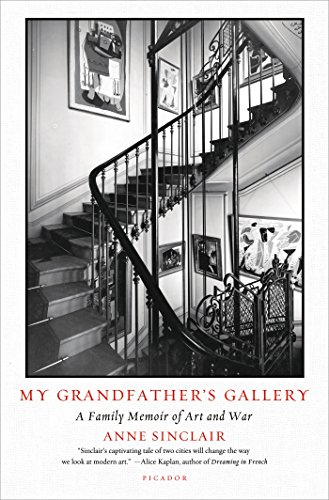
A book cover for My Grandfather's Gallery: A Family Memoir of Art and War; Anne Sinclair; Biographies & Memoirs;